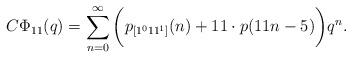
LaTeX: \begin{align*}C\Phi_{11}(q)=\sum_{n=0}^{\infty}\bigg(p_{[1^011^1]}(n)+11\cdot p(11n-5)\bigg)q^n.\end{align*}